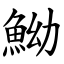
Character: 䱂